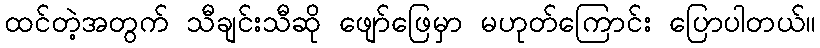
ထင်တဲ့အတွက် သီချင်းသီဆို ဖျော်ဖြေမှာ မဟုတ်ကြောင်း ပြောပါတယ်။